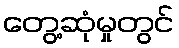
တွေ့ဆုံမှုတွင်